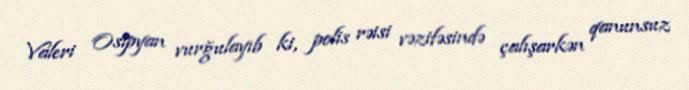
Valeri Osipyan vurğulayıb ki, polis rəisi vəzifəsində çalışarkən qanunsuz